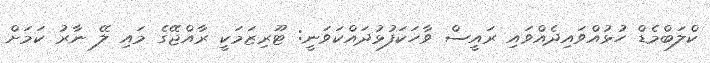
ކްލަބްމެޑް ހުޅުއްވައިދެއްވައި ރައީސް ވާހަކަފުޅުދައްކަވަނީ: ޓޫރިޒަމަކީ ރާއްޖޭގެ މައި ލޭ ނާރު ކަމަށް